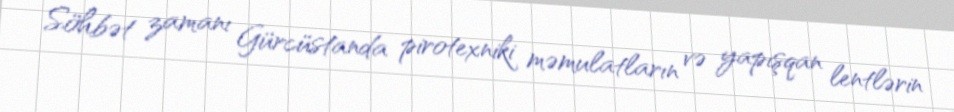
Söhbət zamanı Gürcüstanda pirotexniki məmulatların və yapışqan lentlərin